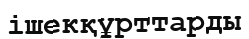
ішекқұрттарды